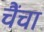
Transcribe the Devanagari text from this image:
चैंचा